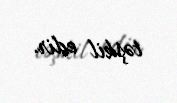
təşkil edir.